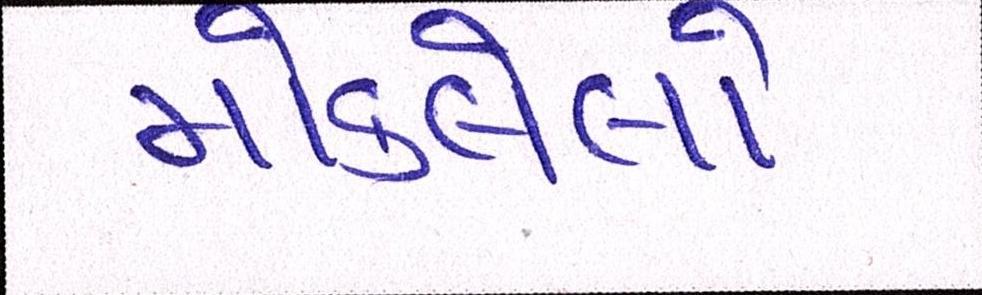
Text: મોકલેલો